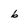
Character: 6